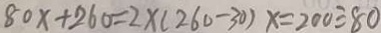
8 0 x + 2 6 0 = 2 \times ( 2 6 0 - 3 0 ) x = 2 0 0 \div 8 0